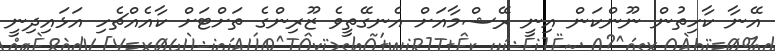
އޭނާ ކާހިތުން ނޫންކަން އިނީ ރޭޝްމާއަށް އެނގޭތީވެ ޒޫރިންގެ ތަށްޓަށް ކާއެއްޗެހި އަޅައިދިނީ